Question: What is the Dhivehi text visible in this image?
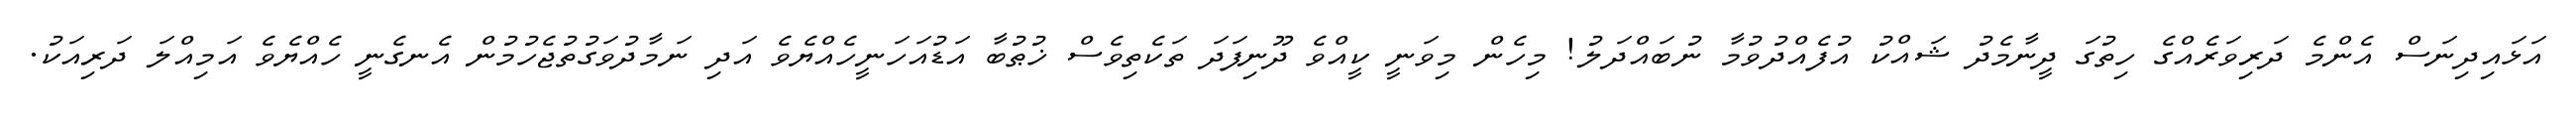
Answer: އަޅައިދިނަސް އެންމެ ދަރިވަރެއްގެ ހިތުގަ ދީނާމެދު ޝައްކު އުފެއްދުވުމާ ނުބައްދަލު! މިހެން މިވަނީ ކީއްވެ ދޫނިފަދަ ތަކެތިވެސް ޚުޠުބާ އަޑުއަހަނީހެއްޔެވެ އަދި ނަމާދުވަގުތުޖެހުމުން އެނގެނީ ހެއްޔެވެ އަމިއްލަ ދަރިއަކު.